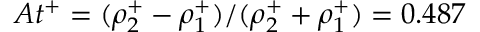
A t ^ { + } = ( \rho _ { 2 } ^ { + } - \rho _ { 1 } ^ { + } ) / ( \rho _ { 2 } ^ { + } + \rho _ { 1 } ^ { + } ) = 0 . 4 8 7